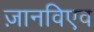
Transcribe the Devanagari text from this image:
ज़ानविएव